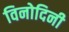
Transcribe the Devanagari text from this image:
विनोदिनी